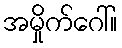
အမှိုက်ဂေါ်။